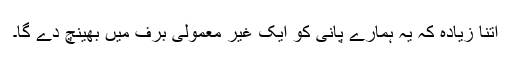
اتنا زیادہ کہ یہ ہمارے پانی کو ایک غیر معمولی برف میں بھینچ دے گا۔